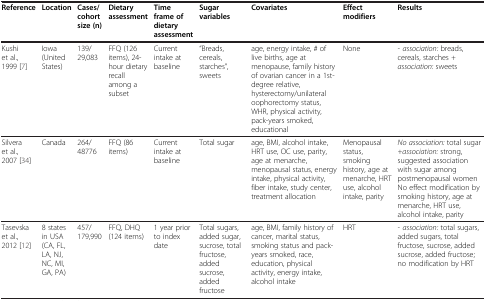
<table><thead><tr><td><b>Reference</b></td><td><b>Location</b></td><td><b>Cases/cohort size (n)</b></td><td><b>Dietary assessment</b></td><td><b>Time frame of dietary assessment</b></td><td><b>Sugar variables</b></td><td><b>Covariates</b></td><td><b>Effect modifiers</b></td><td><b>Results</b></td></tr></thead><tbody><tr><td>Kushi et al., 1999[7]</td><td>Iowa (United States)</td><td>139/29,083</td><td>FFQ (126 items), 24-hour dietary recall among a subset</td><td>Current intake at baseline</td><td>“Breads, cereals, starches”, sweets</td><td>age, energy intake, # of live births, age at menopause, family history of ovarian cancer in a 1st-degree relative, hysterectomy/unilateral oophorectomy status, WHR, physical activity, pack-years smoked, educational</td><td>None</td><td><i>- association:</i> breads, cereals, starches <i>+ association:</i> sweets</td></tr><tr><td>Silvera et al., 2007[34]</td><td>Canada</td><td>264/48776</td><td>FFQ (86 items)</td><td>Current intake at baseline</td><td>Total sugar</td><td>age, BMI, alcohol intake, HRT use, OC use, parity, age at menarche, menopausal status, energy intake, physical activity, fiber intake, study center, treatment allocation</td><td>Menopausal status, smoking history, age at menarche, HRT use, alcohol intake, parity</td><td><i>No association:</i> total sugar <i>+association:</i> strong, suggested association with sugar among postmenopausal women No effect modification by smoking history, age at menarche, HRT use, alcohol intake, parity</td></tr><tr><td>Tasevska et al., 2012[12]</td><td>8 states in USA (CA, FL, LA, NJ, NC, MI, GA, PA)</td><td>457/179,990</td><td>FFQ, DHQ (124 items)</td><td>1 year prior to index date</td><td>Total sugars, added sugar, sucrose, total fructose, added sucrose, added fructose</td><td>age, BMI, family history of cancer, marital status, smoking status and pack-years smoked, race, education, physical activity, energy intake, alcohol intake</td><td>HRT</td><td><i>- association:</i> total sugars, added sugars, total fructose, sucrose, added sucrose, added fructose; no modification by HRT</td></tr></tbody></table>